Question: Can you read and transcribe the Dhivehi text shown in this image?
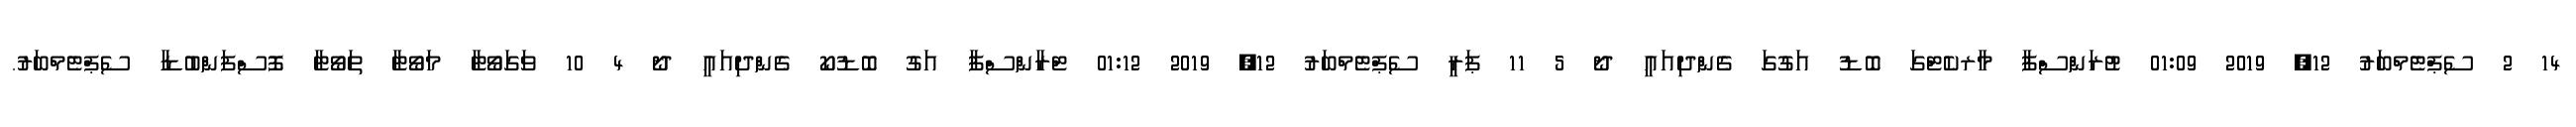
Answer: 14 2 ސެޕްޓެމްބަރު 12, 2019 01:09 ޓުރަންސްފާ މާރކެޓްގަ ބޮޑު އަގުގަ ގެންދިއައީ ދޯ 5 11 ޕަރީ ސެޕްޓެމްބަރު 12, 2019 01:12 ޓްރާންސްފާ އަގު ބޮޑުކޯ ގެންދިއައީ ދޯ 4 10 ވަގަވޯޓާ މަވޯޓާ ތަވޯޓާ ފޮސްފަންބުޑާ ސެޕްޓެމްބަރު.